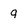
Character: q